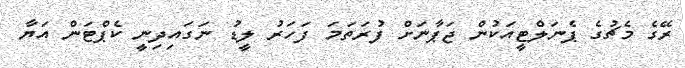
ރޭގެ މެޗުގެ ޕެނަލްޓީއަކުން ޖަޕާނަށް ފުރަތަމަ ފަހަރު ލީޑު ނަގައިދިނީ ކެޕްޓަން އަޔާ